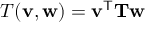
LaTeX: T ( \mathbf { v } , \mathbf { w } ) = \mathbf { v } ^ { \mathsf { T } } \mathbf { T } \mathbf { w }